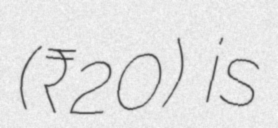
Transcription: (₹20) is